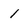
Character: 1